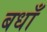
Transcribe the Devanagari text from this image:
बधाँ